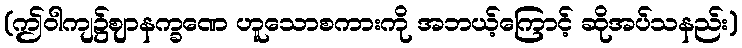
(ဤဝါကျ၌ဈာနက္ခဏေ ဟူသောစကားကို အဘယ့်ကြောင့် ဆိုအပ်သနည်း)